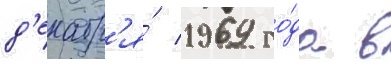
д'екабр'я́ 1969 го́да в